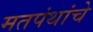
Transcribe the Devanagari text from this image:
मतपंथांचे